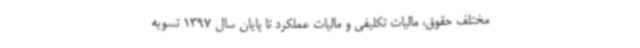
مختلف حقوق، مالیات تکلیفی و مالیات عملکرد تا پایان سال 1397 تسویه